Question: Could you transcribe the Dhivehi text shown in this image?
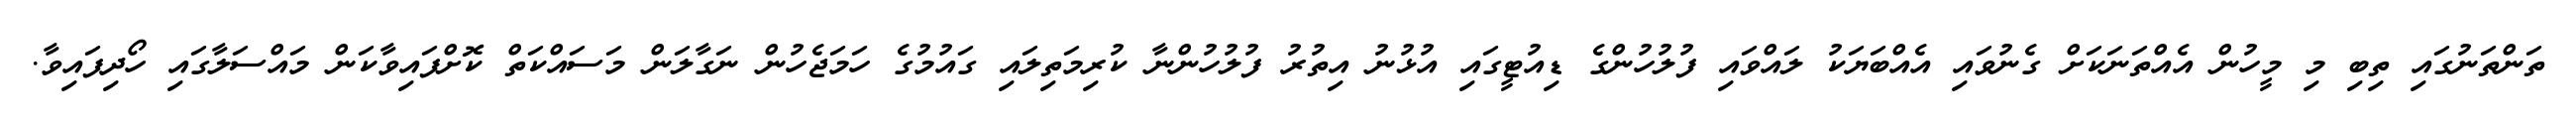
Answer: ތަންތަނުގައި ތިބި މި މީހުން އެއްތަނަކަށް ގެނުވައި އެއްބަޔަކު ލައްވައި ފުލުހުންގެ ޑިއުޓީގައި އުޅުނު އިތުރު ފުލުހުންނާ ކުރިމަތިލައި ގައުމުގެ ހަމަޖެހުން ނަގާލަން މަސައްކަތް ކޮށްފައިވާކަން މައްސަލާގައި ހޯދިފައިވާ.